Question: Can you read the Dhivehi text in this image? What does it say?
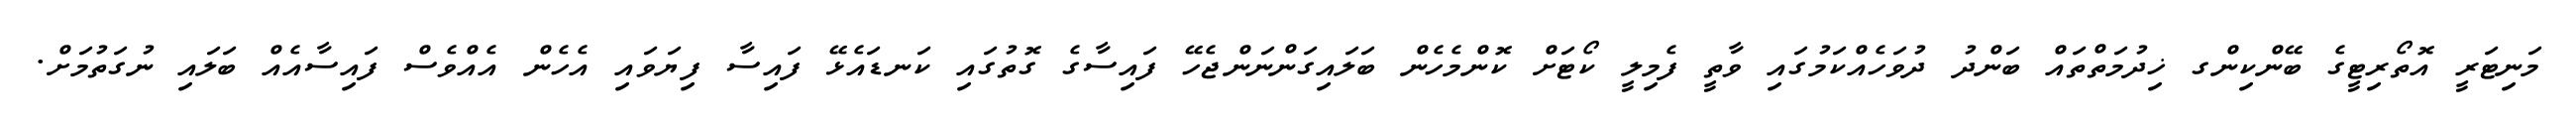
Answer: މަނިޓަރީ އޮތޯރިޓީގެ ބޭންކިންގ ޚިދުމަތްތައް ބަންދު ދުވަހެއްކަމުގައި ވާތީ ފެމިލީ ކޯޓަށް ކޮންމެހެން ބަލައިގަންނަންޖެހޭ ފައިސާގެ ގޮތުގައި ކަނޑައެޅޭ ފައިސާ ފިޔަވައި އެހެން އެއްވެސް ފައިސާއެއް ބަލައި ނުގަތުމަށް.